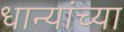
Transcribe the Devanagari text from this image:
धान्यांच्या